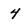
Character: 4